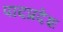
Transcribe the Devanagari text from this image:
पादप्रदेश